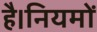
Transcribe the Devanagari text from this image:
है।नियमों